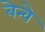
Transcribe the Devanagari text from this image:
बेन्वे